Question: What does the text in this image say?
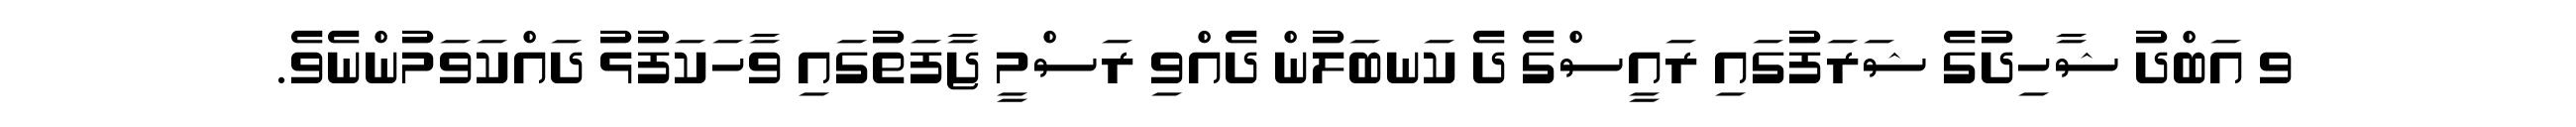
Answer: ވ އަބްދު ޝާހިދުގެ ޝަރަފުގައި ރައީސްގެ ދެ ކަނބަލުން ދެއްވި ރަސްމީ ޖާފަތުގައި ވާހަކަފުޅު ދައްކަވަމުންނެވެ.